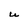
Character: U